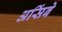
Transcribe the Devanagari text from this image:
असिंबे